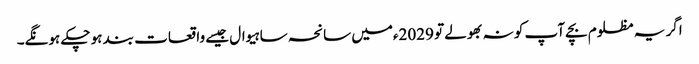
اگر یہ مظلوم بچے آپ کو نہ بھولے تو 2029ءمیں سانحہ ساہیوال جیسے واقعات بند ہو چکے ہونگے۔